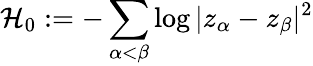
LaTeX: \mathcal H_{0}:=-\sum_{\alpha<\beta}\log|z_{\alpha}-z_{\beta}|^{2}